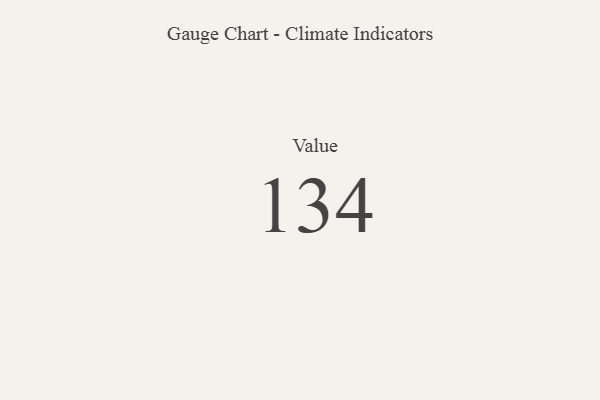
{"axis": {"x": "Metric", "y": "Value"}, "legend": [""], "data": [{"x": "Value", "y": 134, "type": ""}]}